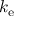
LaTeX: k _ { \mathrm { e } }